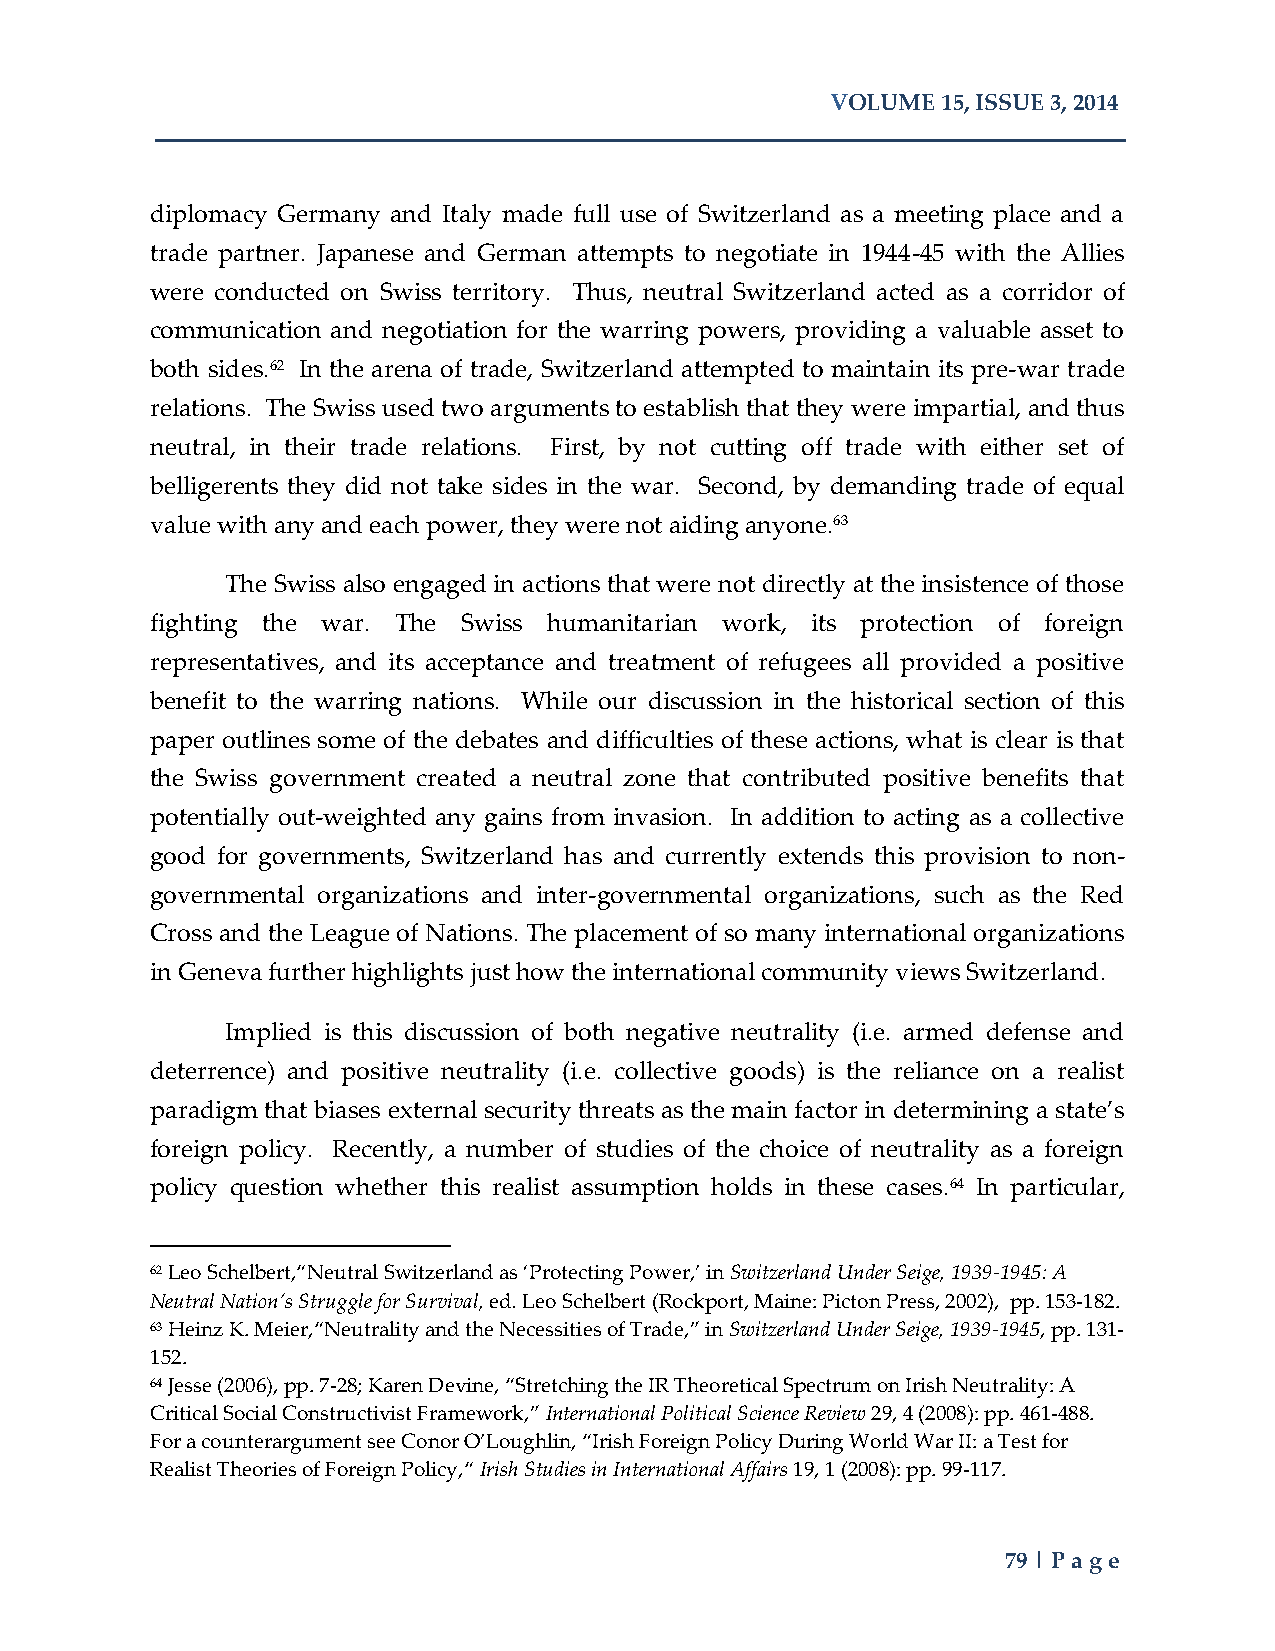
VOLUME 15, ISSUE 3, 2014
 diplomacy Germany and Italy made full use of Switzerland as a meeting place and a
 trade partner. Japanese and German attempts to negotiate in 1944-45 with the Allies
 were conducted on Swiss territory. Thus, neutral Switzerland acted as a corridor of
 communication and negotiation for the warring powers, providing a valuable asset to
 both sides.62 In the arena of trade, Switzerland attempted to maintain its pre-war trade
 relations. The Swiss used two arguments to establish that they were impartial, and thus
 neutral, in their trade relations. First, by not cutting off trade with either set of
 belligerents they did not take sides in the war. Second, by demanding trade of equal
 value with any and each power, they were not aiding anyone.63
 The Swiss also engaged in actions that were not directly at the insistence of those
 fighting the war. The Swiss humanitarian work, its protection of foreign
 representatives, and its acceptance and treatment of refugees all provided a positive
 benefit to the warring nations. While our discussion in the historical section of this
 paper outlines some of the debates and difficulties of these actions, what is clear is that
 the Swiss government created a neutral zone that contributed positive benefits that
 potentially out-weighted any gains from invasion. In addition to acting as a collective
 good for governments, Switzerland has and currently extends this provision to non-
 governmental organizations and inter-governmental organizations, such as the Red
 Cross and the League of Nations. The placement of so many international organizations
 in Geneva further highlights just how the international community views Switzerland.
 Implied is this discussion of both negative neutrality (i.e. armed defense and
 deterrence) and positive neutrality (i.e. collective goods) is the reliance on a realist
 paradigm that biases external security threats as the main factor in determining a state’s
 foreign policy. Recently, a number of studies of the choice of neutrality as a foreign
 policy question whether this realist assumption holds in these cases.64 In particular,
 62 Leo Schelbert,“Neutral Switzerland as ‘Protecting Power,’ in Switzerland Under Seige, 1939-1945: A
 Neutral Nation’s Struggle for Survival, ed. Leo Schelbert (Rockport, Maine: Picton Press, 2002), pp. 153-182.
 63 Heinz K. Meier,“Neutrality and the Necessities of Trade,” in Switzerland Under Seige, 1939-1945, pp. 131-
 152.
 64 Jesse (2006), pp. 7-28; Karen Devine, “Stretching the IR Theoretical Spectrum on Irish Neutrality: A
 Critical Social Constructivist Framework,” International Political Science Review 29, 4 (2008): pp. 461-488.
 For a counterargument see Conor O’Loughlin, “Irish Foreign Policy During World War II: a Test for
 Realist Theories of Foreign Policy,“ Irish Studies in International Affairs 19, 1 (2008): pp. 99-117.
 79 | Page